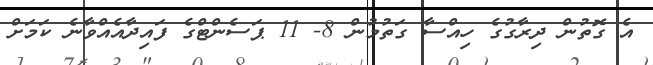
އެ ގޮތުން ދިރާގުގެ ހިއްސާ ގަތުމުން 8- 11 ޕަސެންޓްގެ ފައިދާއެއްވާނެ ކަމަށް